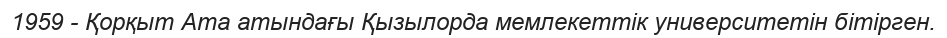
1959 - Қорқыт Ата атындағы Қызылорда мемлекеттік университетін бітірген.